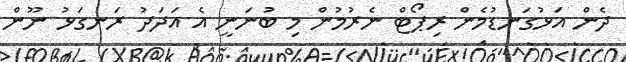
ދެން އަޅުގަނޑުމެން ރިޕޯޓް ނެރުމުން މި ބުނަނީ އެ އަދަދު ރަނގަޅު ނޫން